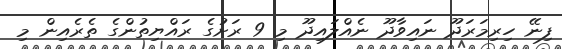
ފިނޭ ހިރިމަރަދޫ ނައިވާދޫ ނެއްލައިދޫ މި 9 ރަށުގެ ރައްޔިތުންގެ ތެރެއިން މި